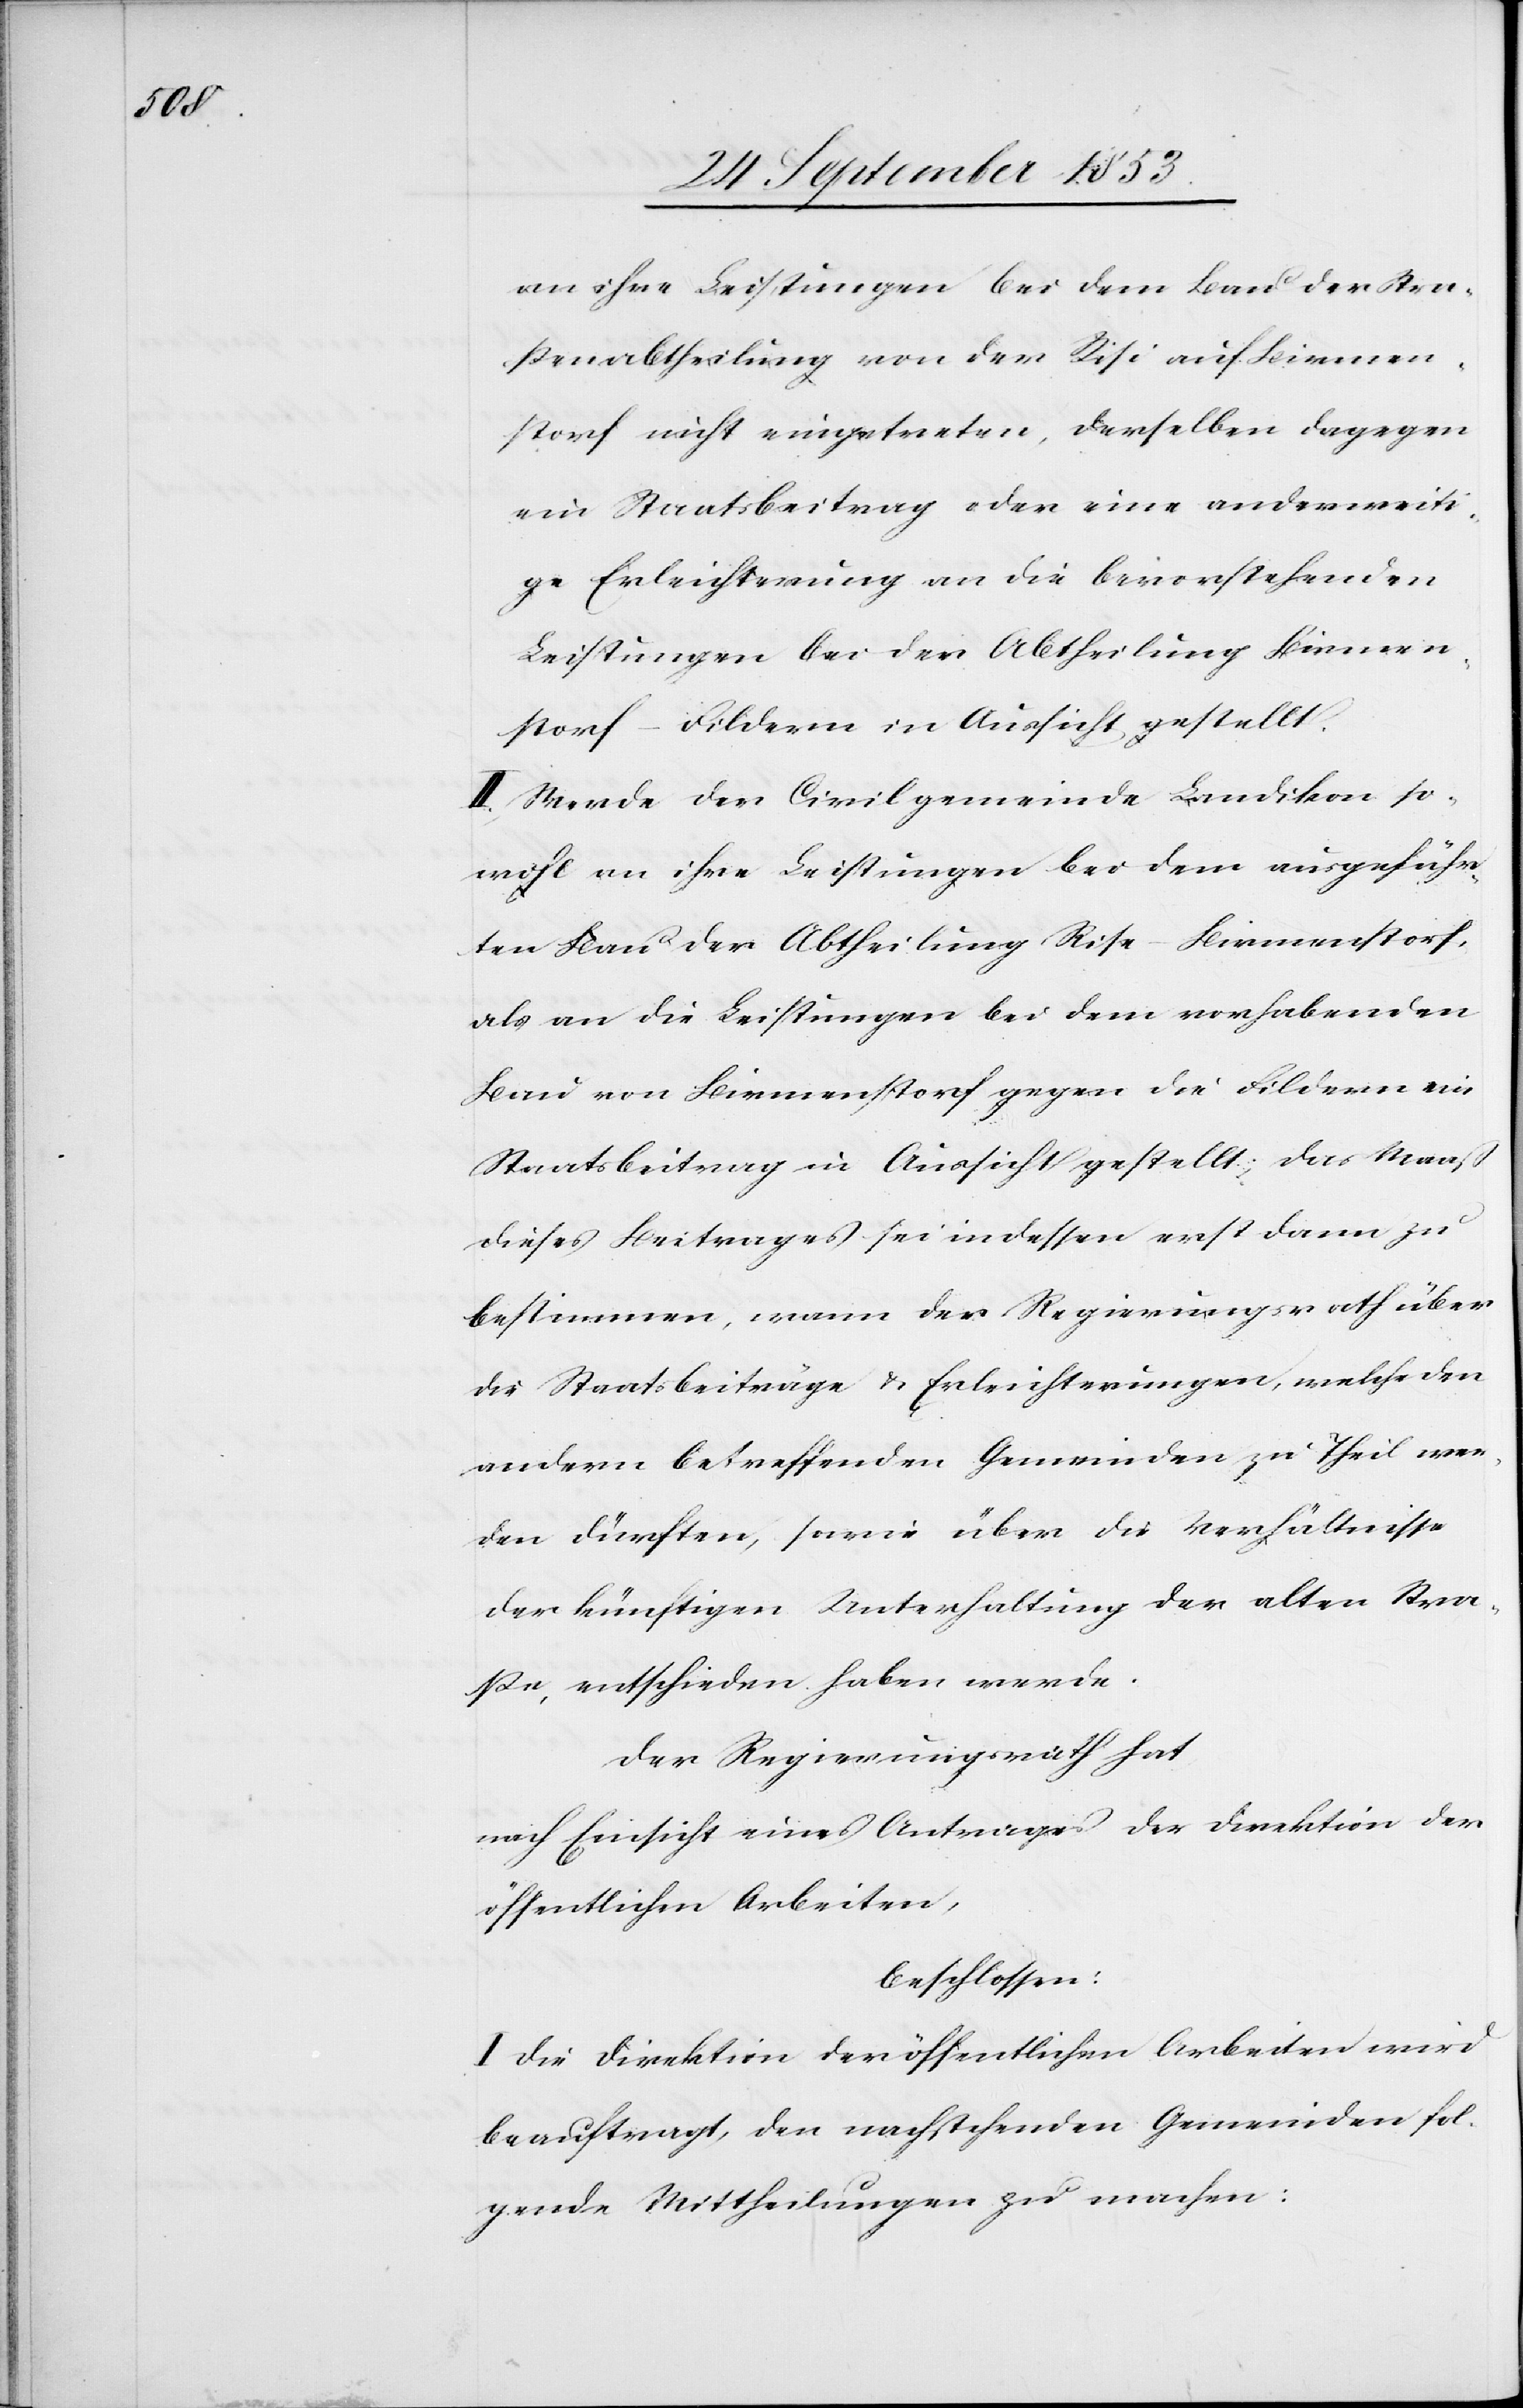
an ihre Leistungen bei dem Bau der Stra¬
ßenabtheilung von der Risi auf Birmen¬
storf nicht eingetreten, denselben dagegen
ein Staatsbeitrag oder eine anderweiti¬
ge Erleichterung an die bevorstehenden
Leistungen bei der Abtheilung Birmen¬
storf–Fildern in Aussicht gestellt.
II. Werde der Civilgemeinde Landikon so¬
wohl an ihre Leistungen bei dem ausgeführ¬
ten Bau der Abtheilung Rise–Birmenstorf ,
als an die Leistungen bei dem vorhabenden
Bau von Birmenstorf gegen die Fildern ein
Staatsbeitrag in Aussicht gestellt; das Maaß
dieses Beitrages sei indessen erst dann zu
bestimmen, wann der Regierungsrath über
die Staatsbeiträge u. Erleichterungen, welche den
andern betreffenden Gemeinden zu Theil wer¬
den dürften, sowie über die Verhältnisse
der künftigen Unterhaltung der alten Stra¬
ße, entschieden haben werde.
Der Regierungsrath hat
nach Einsicht eines Antrages der Direktion der
öffentlichen Arbeiten,
beschlossen:
I. Die Direktion der öffentlichen Arbeiten wird
beauftragt, den nachstehenden Gemeinden fol¬
gende Mittheilungen zu machen: